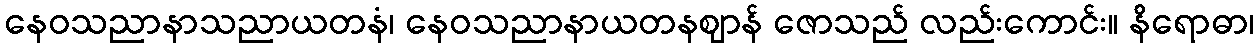
နေဝသညာနာသညာယတနံ၊ နေဝသညာနာယတနဈာန် ဇောသည် လည်းကောင်း။ နိရောဓာ၊